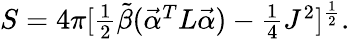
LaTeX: S=4\pi[\textstyle{{\frac{1}{2}}}{\tilde{\beta}}(\vec{\cal\alpha}^{T}L\vec{\cal\alpha})-\textstyle{{\frac{1}{4}}}J^{2}]^{\frac{1}{2}}.